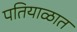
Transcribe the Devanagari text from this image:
पतियाळात